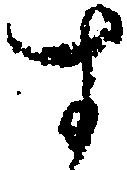
す